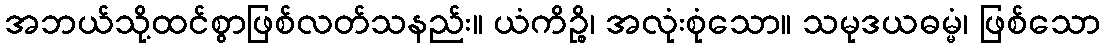
အဘယ်သို့ထင်စွာဖြစ်လတ်သနည်း။ ယံကိဉ္စိ၊ အလုံးစုံသော။ သမုဒယဓမ္မံ၊ ဖြစ်သော